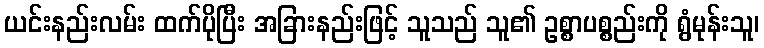
ယင်းနည်းလမ်း ထက်ပိုပြီး အခြားနည်းဖြင့် သူသည် သူ၏ ဥစ္စာပစ္စည်းကို ရွံမုန်းသူ၊